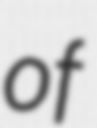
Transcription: of